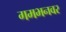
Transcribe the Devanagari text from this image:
गमभनवर